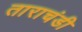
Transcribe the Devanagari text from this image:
ताराचंडी